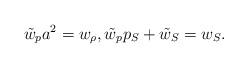
LaTeX: \begin{align*}\tilde{w}_p a^2=w_\rho,\tilde{w}_p p_S+\tilde{w}_S=w_S. \end{align*}